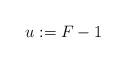
LaTeX: \begin{align*}u := F-1\end{align*}